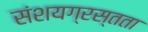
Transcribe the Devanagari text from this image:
संशयग्रस्तता